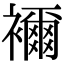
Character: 襧